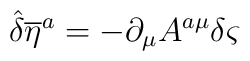
{\hat{\delta}} {{\overline{\eta}} ^{a}}=-\partial _{\mu }A^{a\mu }\delta \varsigma